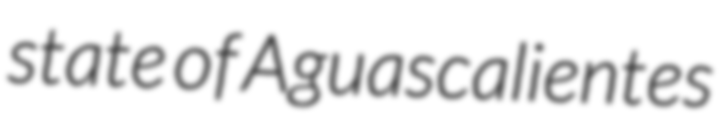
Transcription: state of Aguascalientes